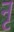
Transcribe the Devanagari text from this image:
नृ